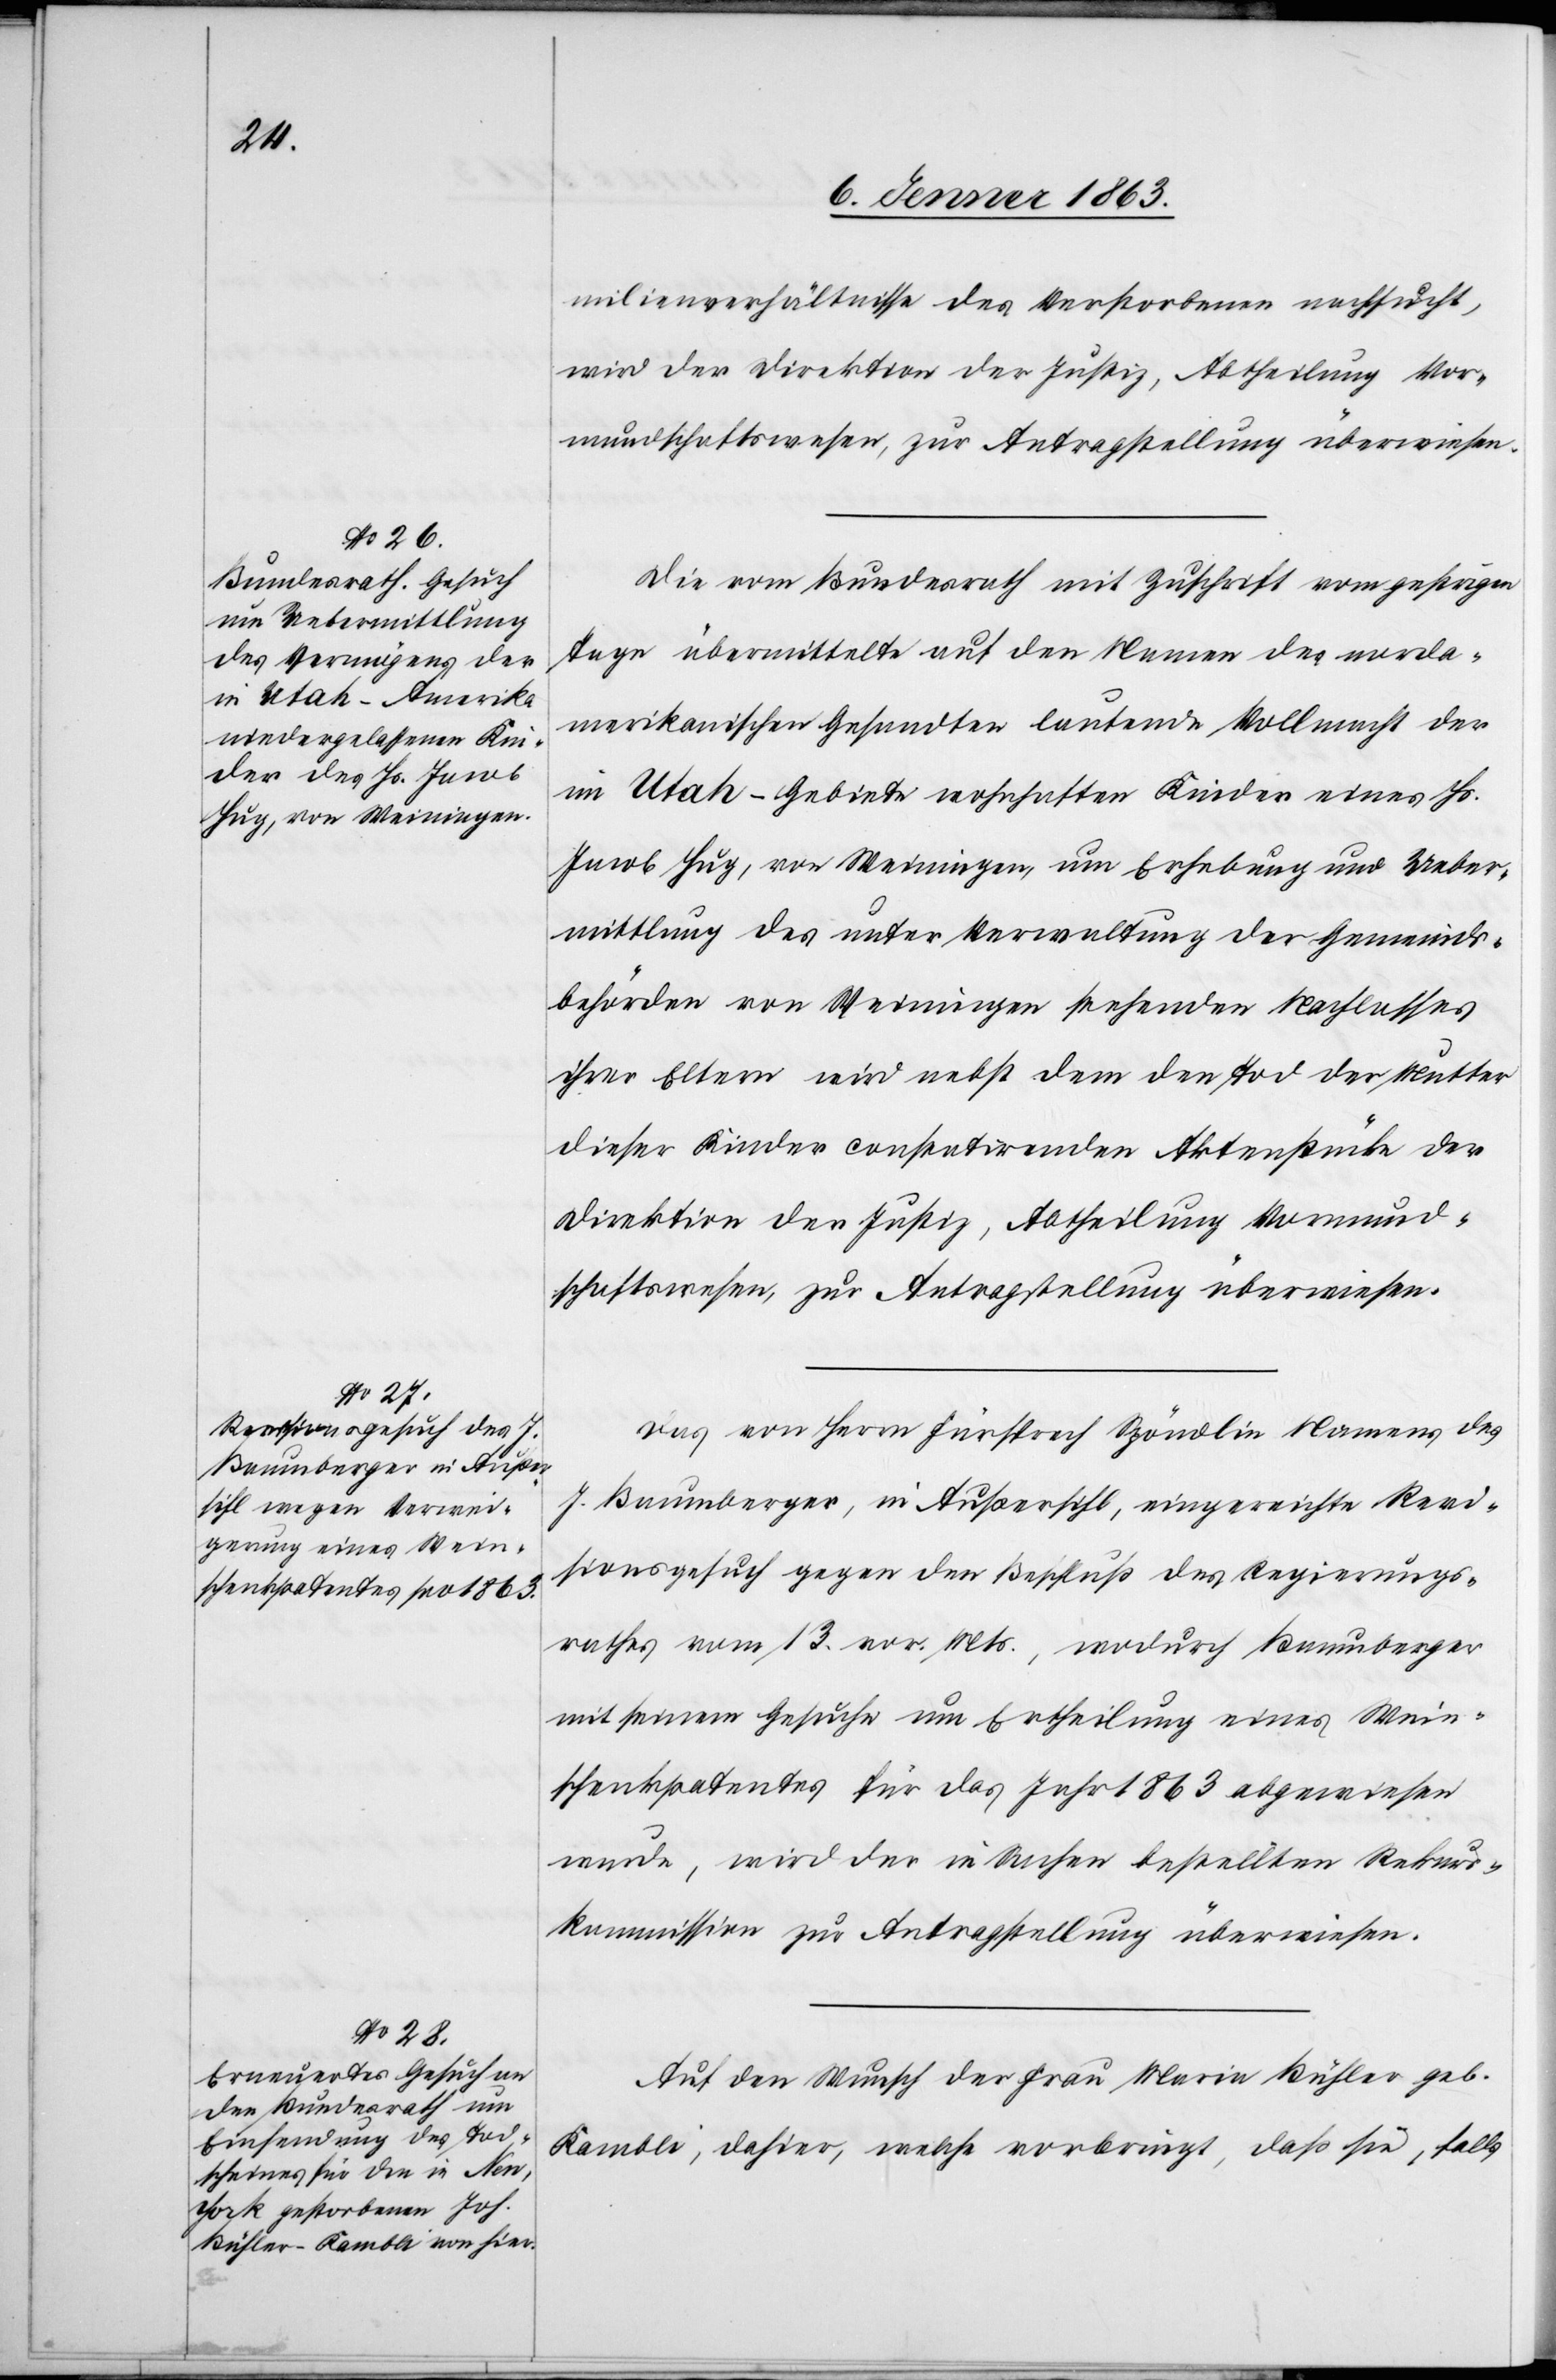
7. Jenner 1863.]
milienverhältnisse des Verstorbenen nachsucht,
wird der Direktion der Justiz, Abtheilung Vor¬
mundschaftswesen, zur Antragstellung überwiesen.
Die vom Bundesrath mit Zuschrift vom gestrigen
Tage übermittelte auf den Namen des norda¬
merikanischen Gesandten lautende Vollmacht der
im Utah-Gebiete wohnhaften Kinder eines Js.
Jacob Hug, von Weiningen, um Erhebung und Ueber¬
mittlung des unter Verwaltung der Gemeinds¬
behörden von Weiningen stehenden Nachlasses
ihrer Eltern wird nebst dem den Tod der Mutter
dieser Kinder constatirenden Aktenstücke der
Direktion der Justiz, Abtheilung Vormund¬
schaftswesen, zur Antragstellung überwiesen.
Das von Herrn Fürsprech Spöndlin Namens des
J. Baumberger, in Außersihl, eingereichte Revi¬
sionsgesuch gegen den Beschluß des Regierungs¬
rathes vom 13. vor. Mts., wodurch Baumberger
mit seinem Gesuche um Ertheilung eines Wein¬
schenkpatentes für das Jahr 1863 abgewiesen
wurde, wird der in Sachen bestellten Rekurs¬
kommission zur Antragstellung überwiesen.
Auf den Wunsch der Frau Marie Bühler geb.
Kambli, dahier, welche vorbringt, daß sie, falls